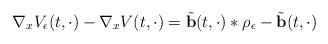
LaTeX: \begin{align*} \nabla_x V_\epsilon(t,\cdot)-\nabla_x V(t,\cdot)=\tilde{\mathbf{b}}(t,\cdot)\ast\rho_\epsilon-\tilde{\mathbf{b}}(t,\cdot) \end{align*}